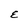
Character: E